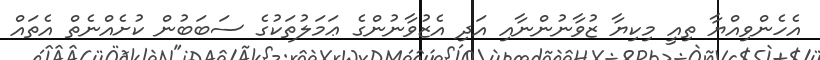
އެހެންވިއްޔާ ތިއީ މިކިޔާ ޒުވާނުންނާއި އަދި އެޒުވާނުންގެ ޢަމަލުތަކުގެ ސަބަބުން ކުށެއްނެތް އެތައް